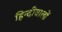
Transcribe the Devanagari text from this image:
हिन्दीवालों